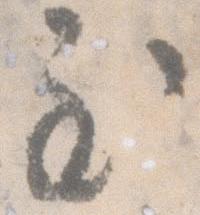
至